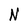
Character: N